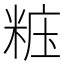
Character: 𥺁